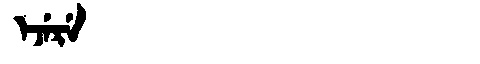
Manchu: ᡝᠵᡝᡵᡝ
Romanization: EJERE